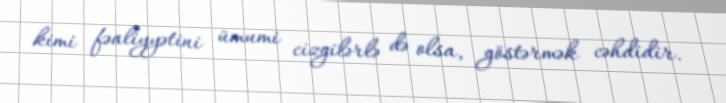
kimi fəaliyyətini ümumi cizgilərlə də olsa, göstərmək cəhdidir.